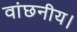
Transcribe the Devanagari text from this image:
वांछनीय।